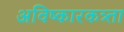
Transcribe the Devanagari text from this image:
अविष्कारकत्र्ता